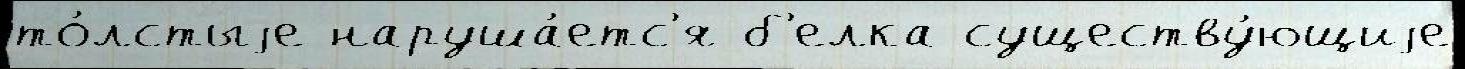
то́лстыjе наруша́етс'я б'елка существу́ющиjе